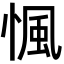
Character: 𢞁